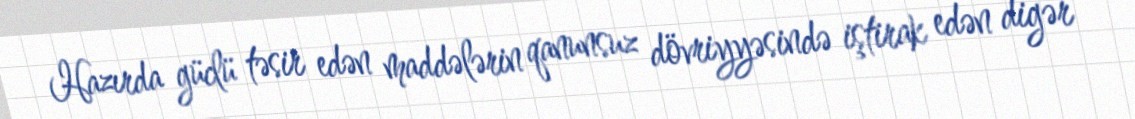
Hazırda güclü təsir edən maddələrin qanunsuz dövriyyəsində iştirak edən digər